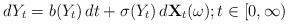
LaTeX: \begin{align*}dY_t &= b(Y_t)\, dt + \sigma(Y_t) \, d\mathbf{X}_t(\omega); t \in [0,\infty)\end{align*}